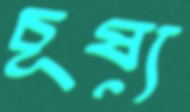
চূষ্য